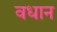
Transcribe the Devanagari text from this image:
वधान